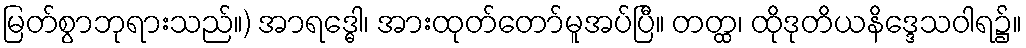
မြတ်စွာဘုရားသည်။) အာရဒ္ဓေါ၊ အားထုတ်တော်မူအပ်ပြီ။ တတ္ထ၊ ထိုဒုတိယနိဒ္ဒေသဝါရ၌။